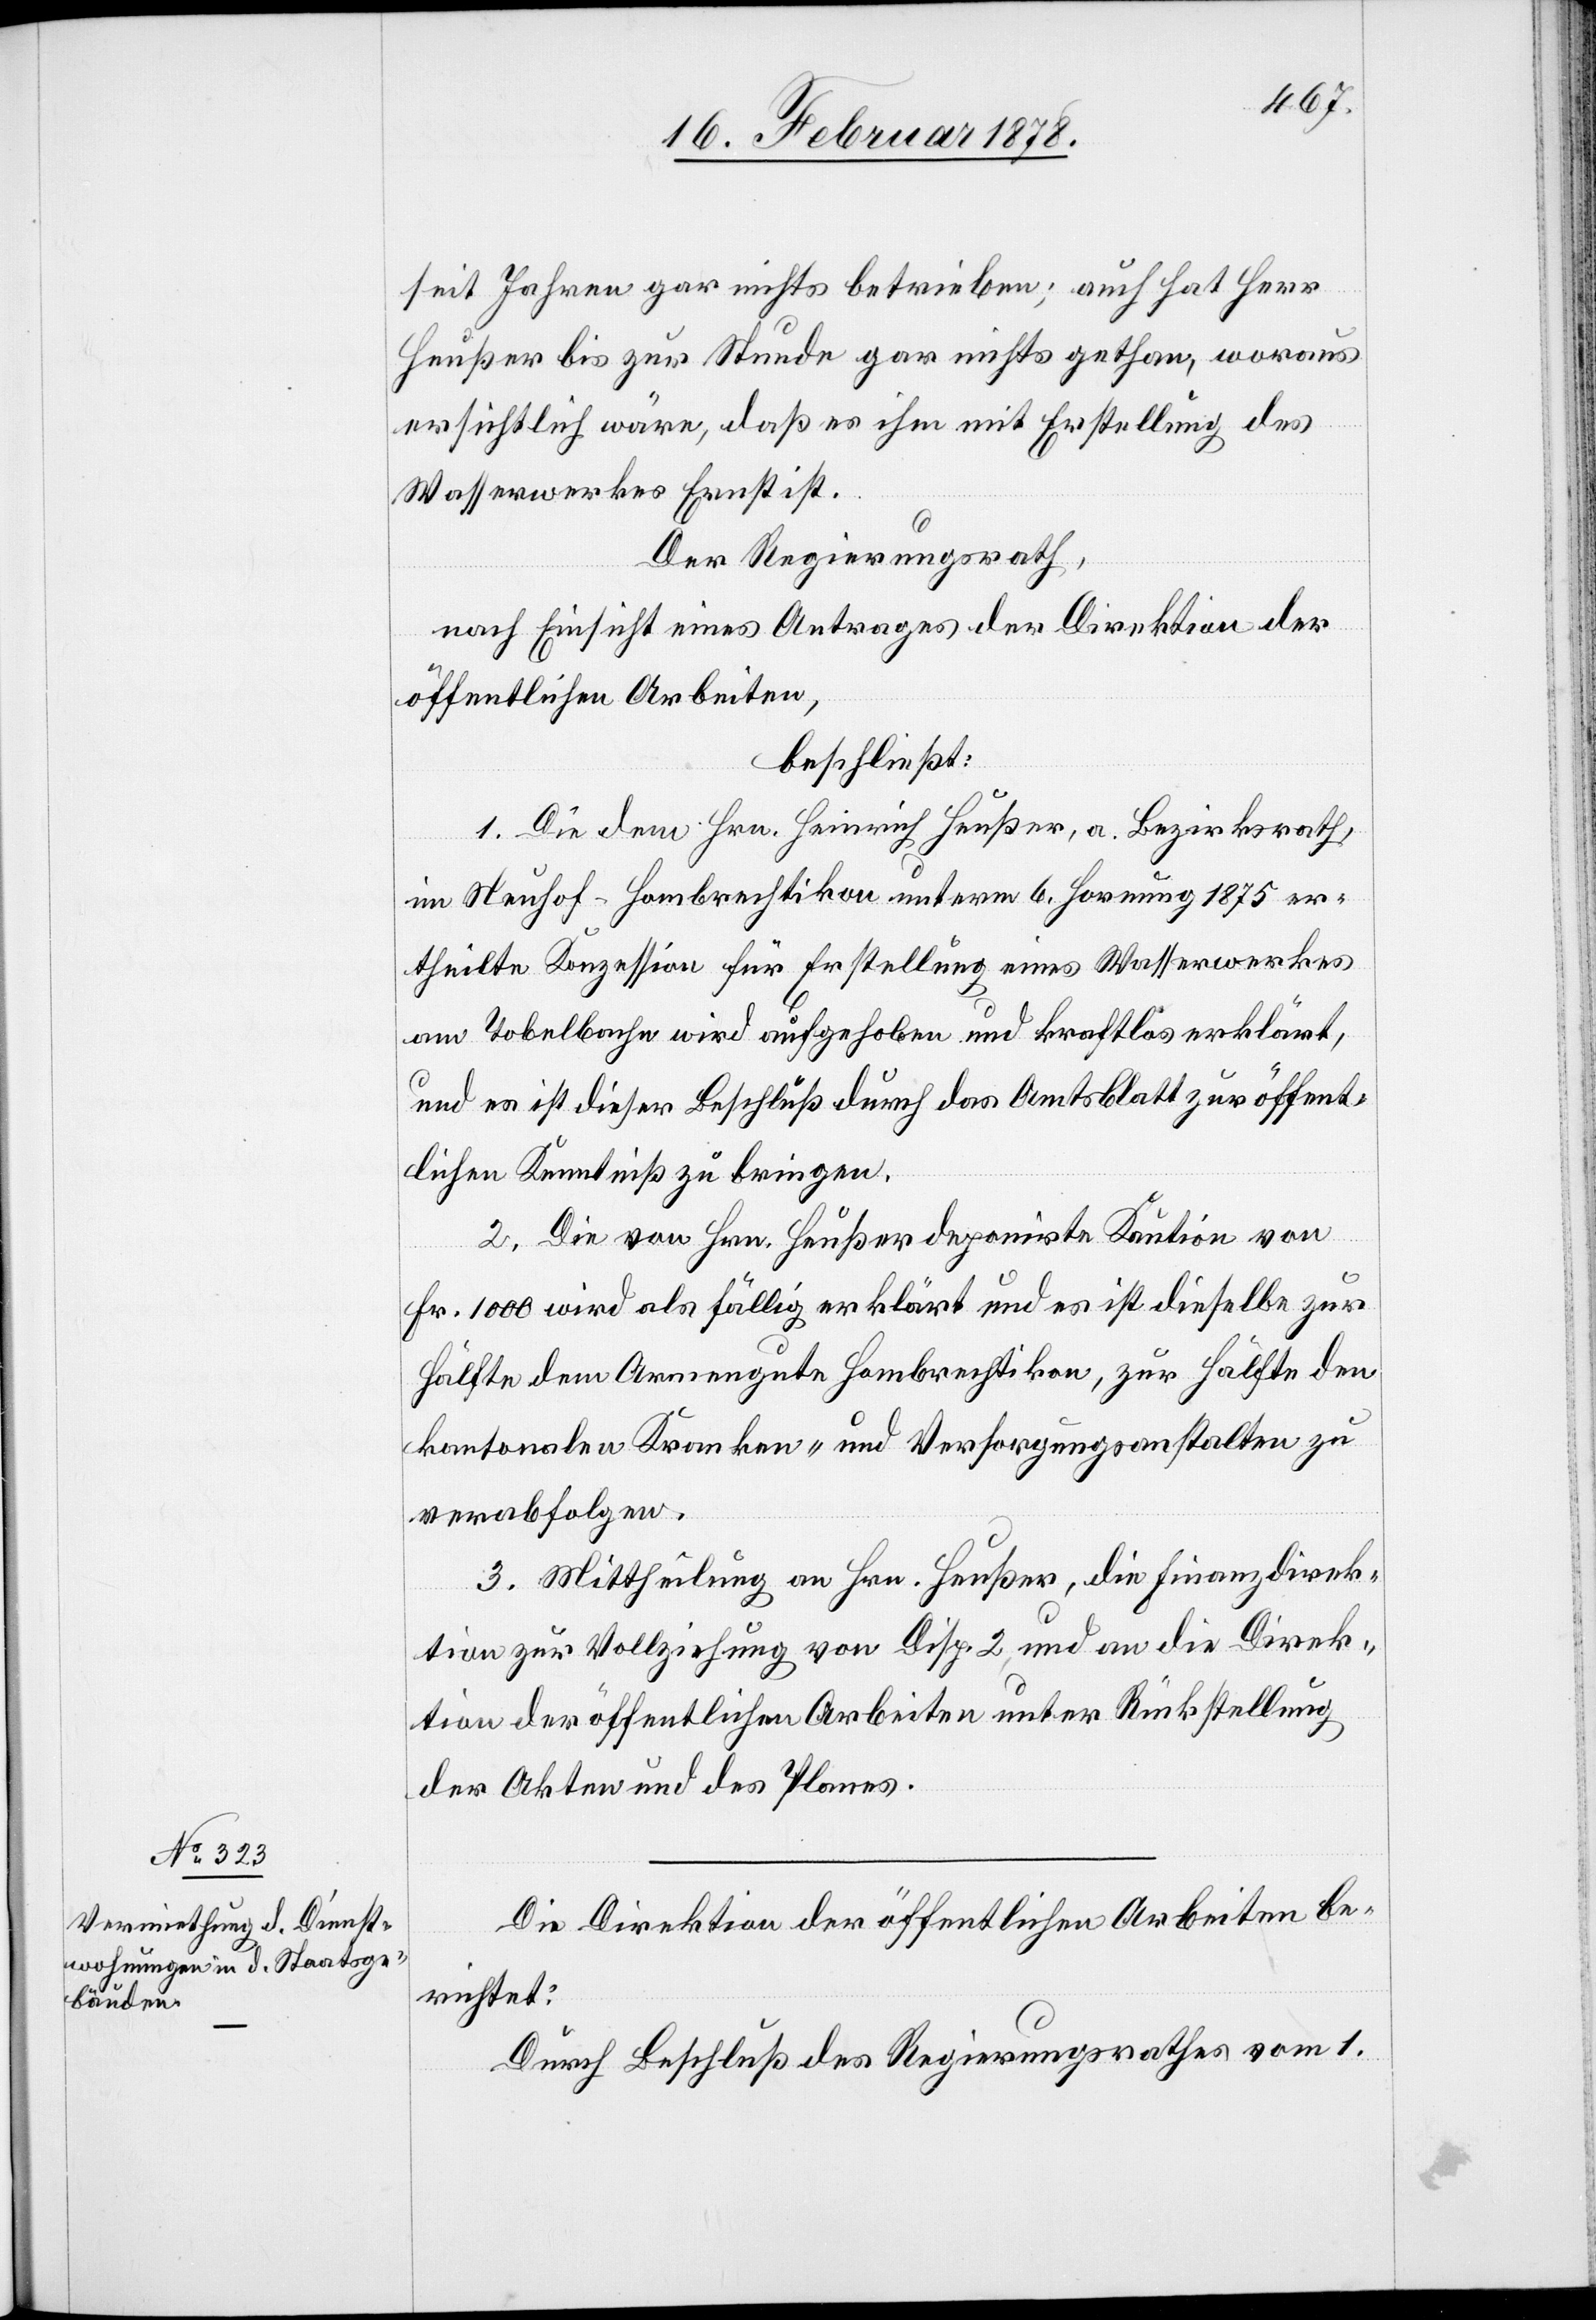
seit Jahren gar nichts betrieben; auch hat Herr
Heußer bis zur Stunde gar nichts gethan, woraus
ersichtlich wäre, daß es ihm mit Erstellung des
Wasserwerkes Ernst ist.
Der Regierungsrath,
nach Einsicht eines Antrages der Direktion der
öffentlichen Arbeiten,
beschließt:
1. Die dem Hrn. Heinrich Heußer, a. Bezirksrath
in Neuhof - Hombrechtikon unterm 6. Hornung 1875 er¬
theilte Konzession für Erstellung eines Wasserwerkes
am Tobelbache wird aufgehoben und kraftlos erklärt,
und es ist dieser Beschluß durch das Amtsblatt zur öffent¬
lichen Kenntniß zu bringen.
2. Die von Hrn. Heußer deponirte Kaution von
Fr. 1000 wird als fällig erklärt und es ist dieselbe zur
Hälfte dem Armengute Hombrechtikon, zur Hälfte den
kantonalen Kranken- und Versorgungsanstalten zu
verabfolgen.
3. Mittheilung an Hrn. Heußer, die Finanzdirek¬
tion zur Vollziehung von Disp. 2, und an die Direk¬
tion der öffentlichen Arbeiten unter Rückstellung
der Akten und des Planes.
Die Direktion der öffentlichen Arbeiten be¬
richtet:
Durch Beschluß des Regierungsrathes vom 1.